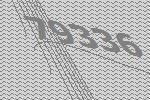
79336